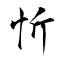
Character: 忻